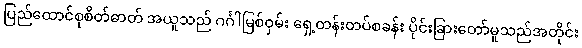
ပြည်ထောင်စုစိတ်ဓာတ် အယူသည် ဂင်္ဂါမြစ်ဝှမ်း ရှေ့တန်းတပ်စခန်း ပိုင်းခြားတော်မူသည်အတိုင်း